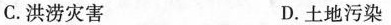
C.洪涝灾害 D.土地污染